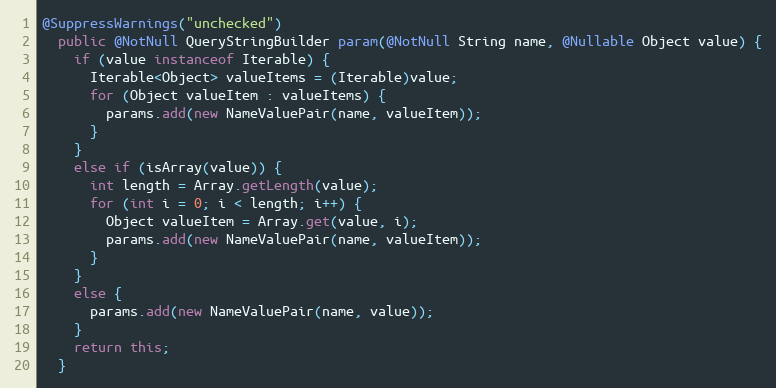
Language: Java
@SuppressWarnings("unchecked")
  public @NotNull QueryStringBuilder param(@NotNull String name, @Nullable Object value) {
    if (value instanceof Iterable) {
      Iterable<Object> valueItems = (Iterable)value;
      for (Object valueItem : valueItems) {
        params.add(new NameValuePair(name, valueItem));
      }
    }
    else if (isArray(value)) {
      int length = Array.getLength(value);
      for (int i = 0; i < length; i++) {
        Object valueItem = Array.get(value, i);
        params.add(new NameValuePair(name, valueItem));
      }
    }
    else {
      params.add(new NameValuePair(name, value));
    }
    return this;
  }